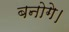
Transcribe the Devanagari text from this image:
बनोगे।